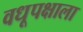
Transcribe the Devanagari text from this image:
वधूपक्षाला